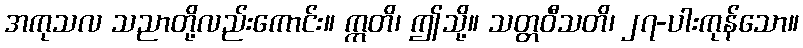
အကုသလ သညာတို့လည်းကောင်း။ ဣတိ၊ ဤသို့။ သတ္တဝီသတိ၊ ၂၇-ပါးကုန်သော။